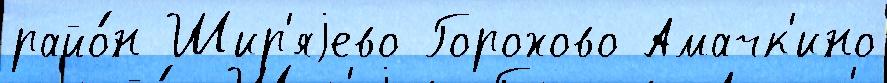
райо́н Шир'яjево Горохово Амачк'ино